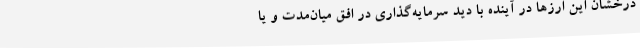
درخشان این ارزها در آینده با دید سرمایه‌گذاری در افق میان‌مدت و یا